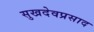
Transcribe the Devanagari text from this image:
सुखदेवप्रसाद